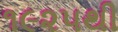
૧૯૨૫થી